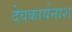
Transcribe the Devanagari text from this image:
देवकार्यनाश